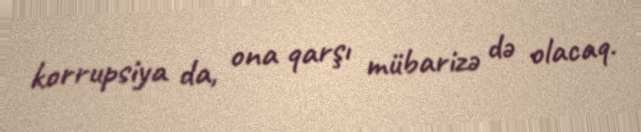
korrupsiya da, ona qarşı mübarizə də olacaq.